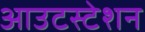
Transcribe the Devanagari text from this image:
आउटस्टेशन